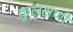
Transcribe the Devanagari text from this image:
कुलक्षणी